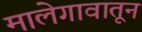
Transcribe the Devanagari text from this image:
मालेगावातून